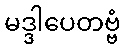
မဒ္ဒါပေတဗ္ဗံ